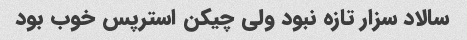
سالاد سزار تازه نبود ولی چیکن استرپس خوب بود